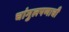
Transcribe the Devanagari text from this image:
चांगुलपणाची